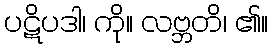
ပဋိပဒါ၊ ကို။ လဗ္ဘတိ၊ ၏။